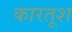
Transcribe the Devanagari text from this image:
कारतूश